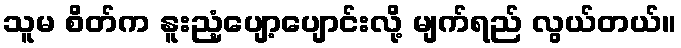
သူမ စိတ်က နူးညံ့ပျော့ပျောင်းလို့ မျက်ရည် လွယ်တယ်။